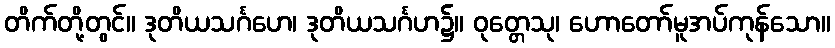
တိက်တို့တွင်။ ဒုတိယသင်္ဂဟေ၊ ဒုတိယသင်္ဂဟ၌။ ဝုတ္တေသု၊ ဟောတော်မူအပ်ကုန်သော။